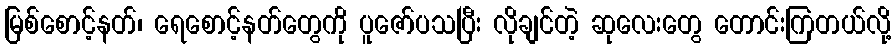
မြစ်စောင့်နတ်၊ ရေစောင့်နတ်တွေကို ပူဇော်ပသပြီး လိုချင်တဲ့ ဆုလေးတွေ တောင်းကြတယ်လို့